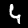
Label: 4